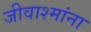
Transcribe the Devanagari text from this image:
जीवाश्मांना